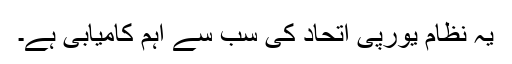
یہ نظام یورپی اتحاد کی سب سے اہم کامیابی ہے۔